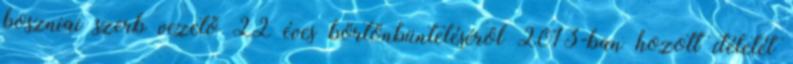
boszniai szerb vezető 22 éves börtönbüntetéséről 2013-ban hozott ítéletét